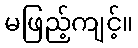
မဖြည့်ကျင့်။